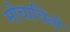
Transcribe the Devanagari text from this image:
मोचाचिनो